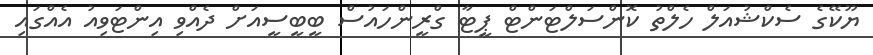
ޔޫކޭގެ ސެކްޝުއަލް ހެލްތު ކޮންސަލްޓަންޓް ޕީޓާ ގްރީންހައުސް ބީބީސީއަށް ދެއްވި އިންޓަވިއު އެއްގައި